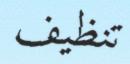
تنظيف